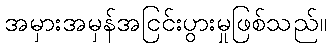
အမှားအမှန်အငြင်းပွားမှုဖြစ်သည်။